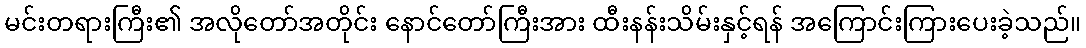
မင်းတရားကြီး၏ အလိုတော်အတိုင်း နောင်တော်ကြီးအား ထီးနန်းသိမ်းနှင့်ရန် အကြောင်းကြားပေးခဲ့သည်။